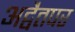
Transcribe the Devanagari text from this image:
अद्वैतपर